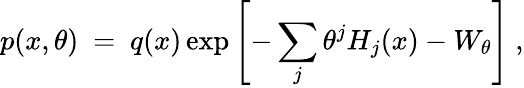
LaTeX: p(x,\theta)\ =\ q(x)\exp\left[-\sum_{j}\theta^{j}H_{j}(x)-W_{\theta}\right]\ ,